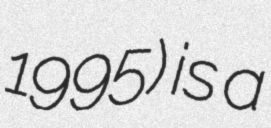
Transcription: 1995) is a